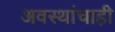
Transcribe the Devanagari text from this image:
अवस्थांचाही